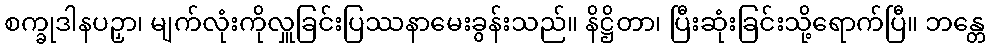
စက္ခုဒါနပဉှာ၊ မျက်လုံးကိုလှူခြင်းပြဿနာမေးခွန်းသည်။ နိဋ္ဌိတာ၊ ပြီးဆုံးခြင်းသို့ရောက်ပြီ။ ဘန္တေ